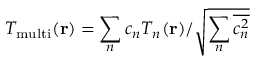
{ { T } _ { \mathrm { m u l t i } } } ( { \bf { r } } ) = { \sum _ { n } { { { c } _ { n } } { { T } _ { n } } ( \bf { r } ) } } / { \sqrt { \sum _ { n } { \overline { { c _ { n } ^ { 2 } } } } } }